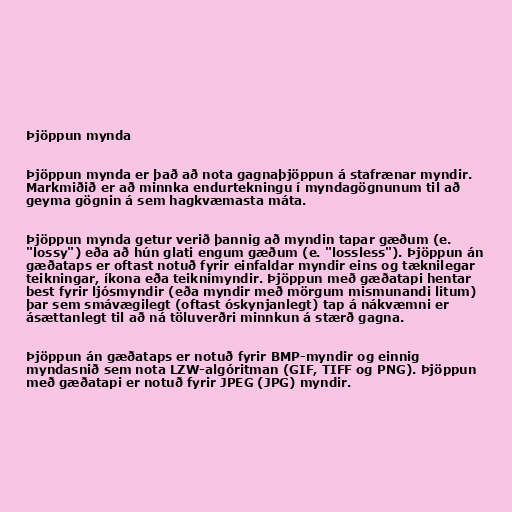
Þjöppun mynda

Þjöppun mynda er það að nota gagnaþjöppun á stafrænar myndir.
Markmiðið er að minnka endurtekningu í myndagögnunum til að
geyma gögnin á sem hagkvæmasta máta.

Þjöppun mynda getur verið þannig að myndin tapar gæðum (e.
"lossy") eða að hún glati engum gæðum (e. "lossless"). Þjöppun án
gæðataps er oftast notuð fyrir einfaldar myndir eins og tæknilegar
teikningar, íkona eða teiknimyndir. Þjöppun með gæðatapi hentar
best fyrir ljósmyndir (eða myndir með mörgum mismunandi litum)
þar sem smávægilegt (oftast óskynjanlegt) tap á nákvæmni er
ásættanlegt til að ná töluverðri minnkun á stærð gagna.

Þjöppun án gæðataps er notuð fyrir BMP-myndir og einnig
myndasnið sem nota LZW-algóritman (GIF, TIFF og PNG). Þjöppun
með gæðatapi er notuð fyrir JPEG (JPG) myndir.